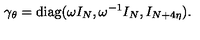
\gamma _ { \theta } = \mathrm { d i a g } ( \omega I _ { N } , \omega ^ { - 1 } I _ { N } , I _ { N + 4 \eta } ) .